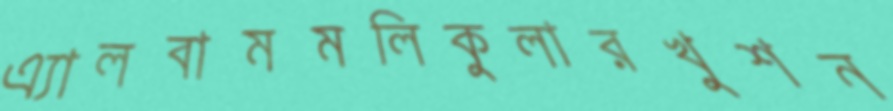
এ্যালবামমলিকুলারখুশন